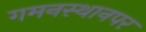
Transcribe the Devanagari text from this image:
गमनस्थानपर